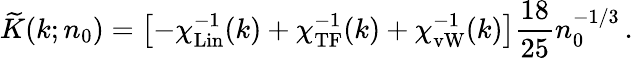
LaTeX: \widetilde K(k;n_{0})=\left[-\chi_{\mathrm{Lin}}^{-1}(k)+\chi_{\mathrm{TF}}^{-1}(k)+\chi_{\mathrm{vW}}^{-1}(k)\right]\frac{18}{25}n_{0}^{-1/3}\, .